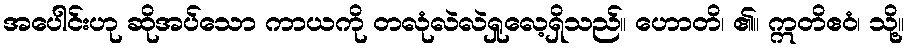
အပေါင်းဟု ဆိုအပ်သော ကာယကို တလုံလဲလဲရှုလေ့ရှိသည်။ ဟောတိ၊ ၏။ ဣတိဧဝံ၊ သို့။